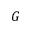
G